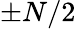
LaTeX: \pm N/2